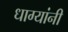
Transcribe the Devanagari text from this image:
धाग्‍यांनी